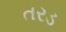
તરડ